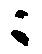
ニ